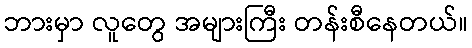
ဘားမှာ လူတွေ အများကြီး တန်းစီနေတယ်။